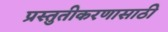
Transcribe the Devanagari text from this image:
प्रस्तुतीकरणासाठी